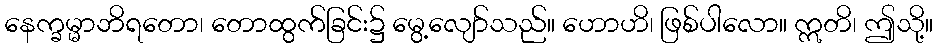
နေက္ခမ္မာဘိရတော၊ တောထွက်ခြင်း၌ မွေ့လျော်သည်။ ဟောဟိ၊ ဖြစ်ပါလော။ ဣတိ၊ ဤသို့။